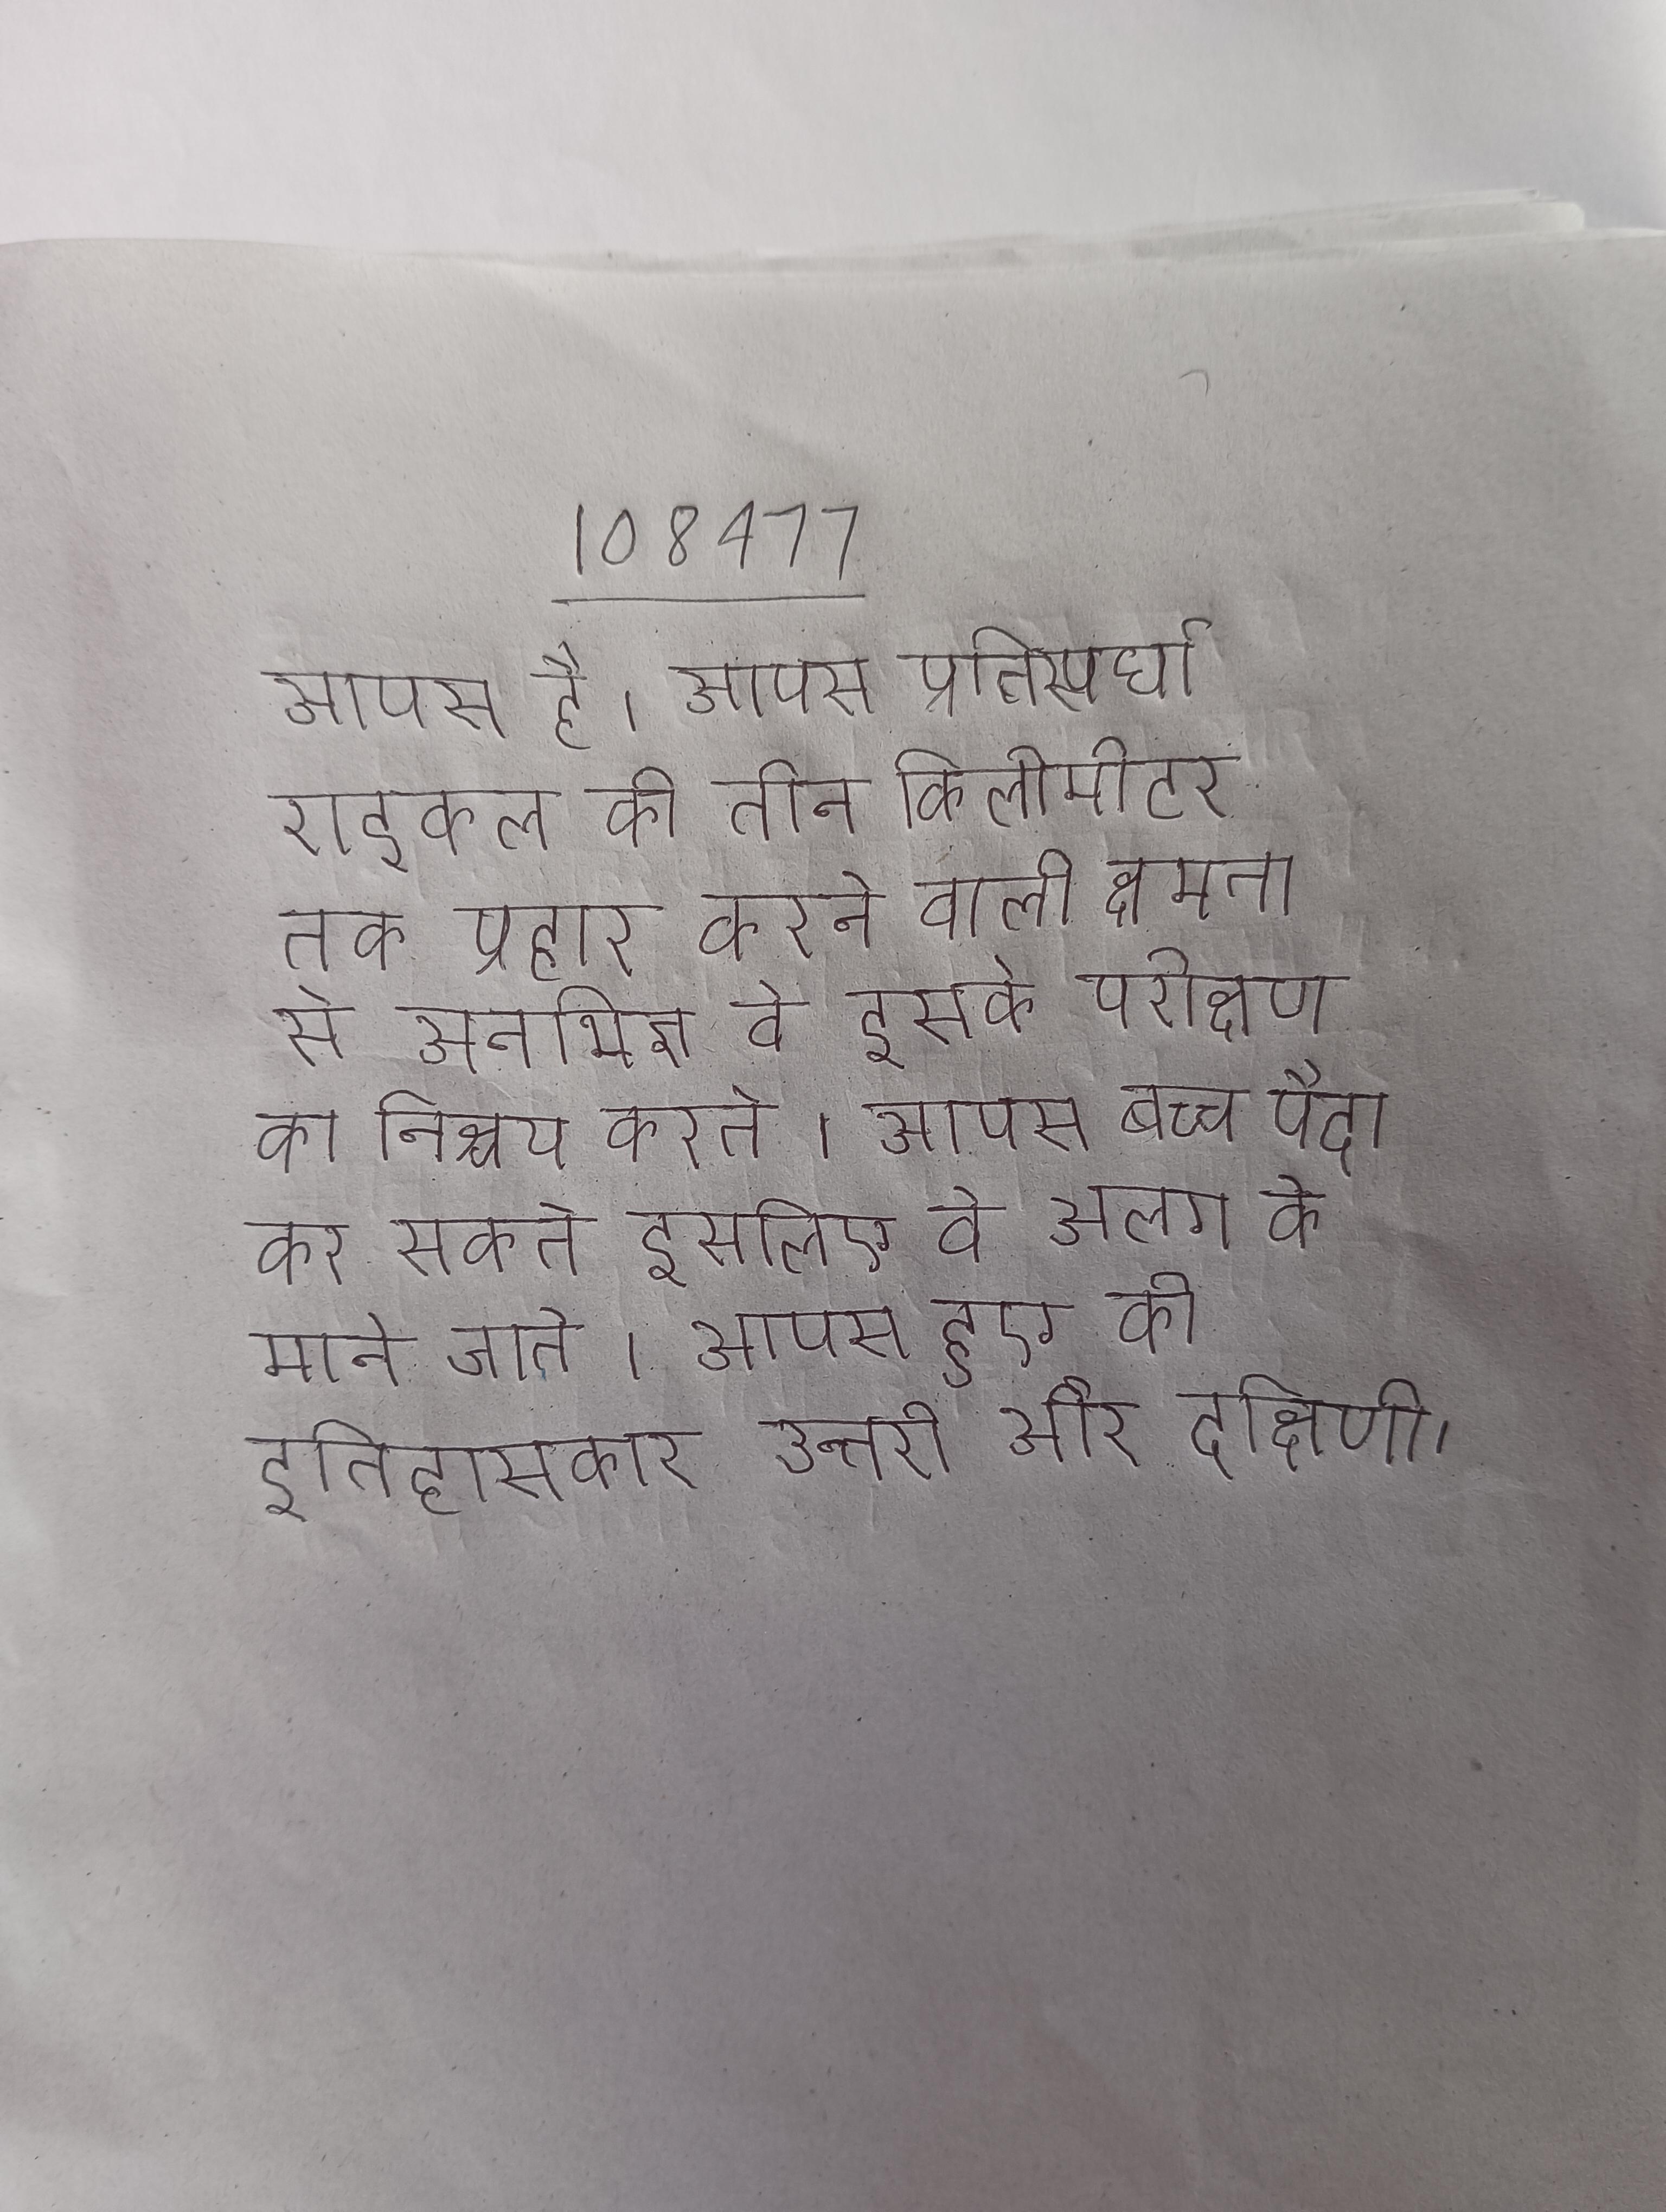
आपस है । आपस प्रतिस्पर्धा राइफल की तीन किलोमीटर तक प्रहार करने वाली क्षमता से अनभिज्ञ वे इसके परीक्षण का निश्चय करते । आपस बच्चा पैदा कर सकते इसलिए वे अलग के माने जाते । आपस हुए को इतिहासकार उत्तरी और दक्षिणी ।